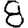
Digit: 8